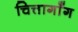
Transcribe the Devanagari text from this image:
चित्तागाँग